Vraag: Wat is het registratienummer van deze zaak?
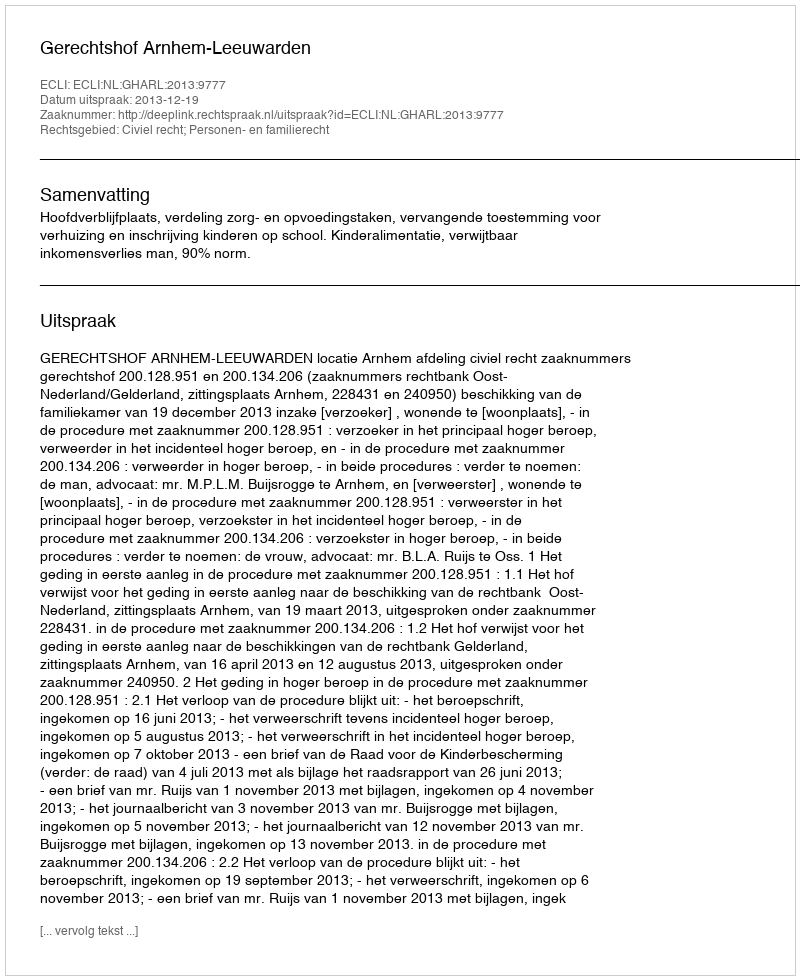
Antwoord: http://deeplink.rechtspraak.nl/uitspraak?id=ECLI:NL:GHARL:2013:9777